Senior Leaving Certificate Examination (including Day School Certificate (Higher) General paper), 1946
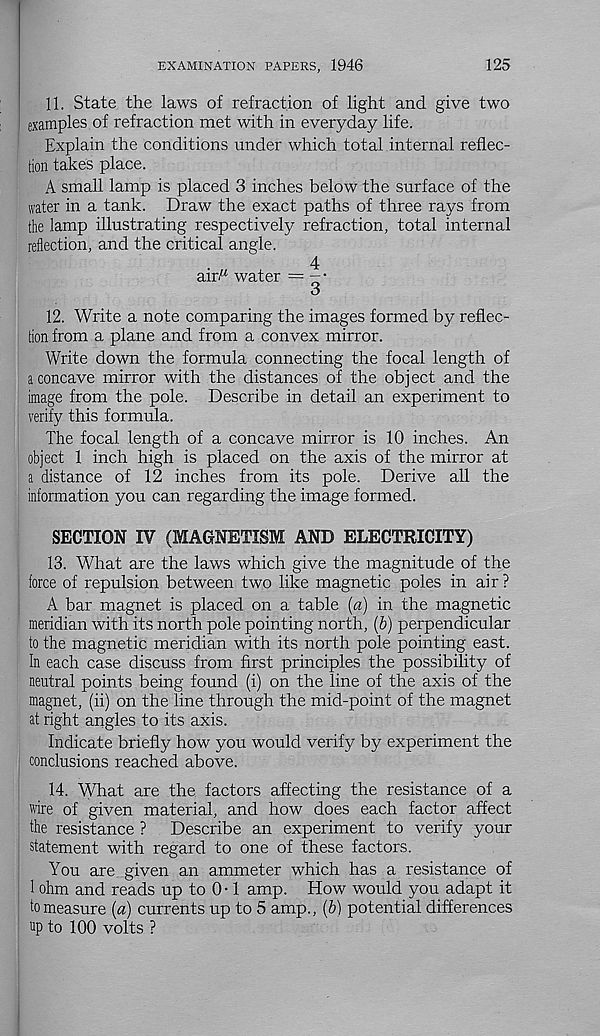
EXAMINATION PAPERS, 1946
125
11. State the laws of refraction of light and give two
examples of refraction met with in everyday life.
Explain the conditions under which total internal reflec-
tion takes place.
A small lamp is placed 3 inches below the surface of the
water in a tank. Draw the exact paths of three rays from
the lamp illustrating respectively refraction, total internal
reflection, and the critical angle.
4
air' 1 water = - ■
3
12. Write a note comparing the images formed by reflec-
tion from a plane and from a convex mirror.
Write down the formula connecting the focal length of
a concave mirror with the distances of the object and the
image from the pole. Describe in detail an experiment to
verify this formula.
The focal length of a concave mirror is 10 inches. An
object 1 inch high is placed on the axis of the mirror at
a distance of 12 inches from its pole. Derive all the
information you can regarding the image formed.
SECTION IV (MAGNETISM AND ELECTRICITY)
13. What are the laws which give the magnitude of the
force of repulsion between two like magnetic poles in air ?
A bar magnet is placed on a table [a) in the magnetic
meridian with its north pole pointing north, (6) perpendicular
to the magnetic meridian with its north pole pointing east.
In each case discuss from first principles the possibility of
neutral points being found (i) on the line of the axis of the
magnet, (ii) on the line through the mid-point of the magnet
at right angles to its axis.
Indicate briefly how you would verify by experiment the
conclusions reached above.
14. What are the factors affecting the resistance of a
wire of given material, and how does each factor affect
the resistance ?
Describe an experiment to verify your
statement with regard to one of these factors.
You are given an ammeter which has a resistance of
1 ohm and reads up to 0 -1 amp. How would you adapt it
to measure {a) currents up to 5 amp., (6) potential differences
up to 100 volts ?